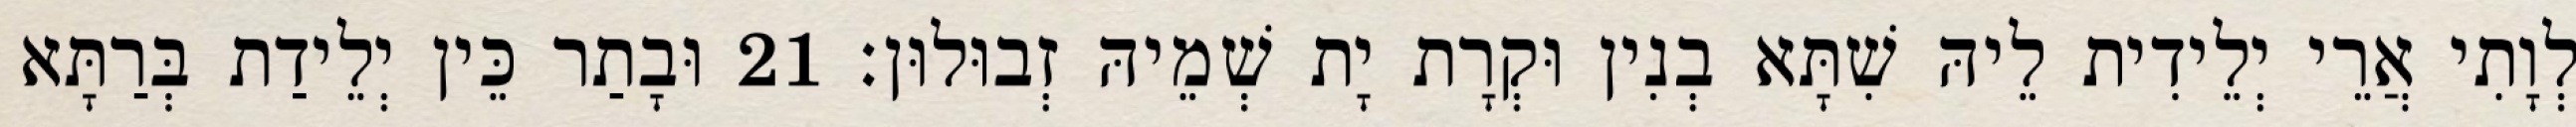
לְוָתִי אֲרֵי יְלֵידִית לֵיהּ שִׁתָּא בְנִין וּקְרָת יָת שְׁמֵיהּ זְבוּלוּן׃ 21 וּבָתַר כֵּין יְלֵידַת בְּרַתָּא